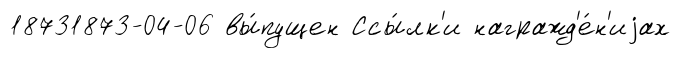
18731873-04-06 вы́пущен Ссы́лк'и награжд'е́н'иjах